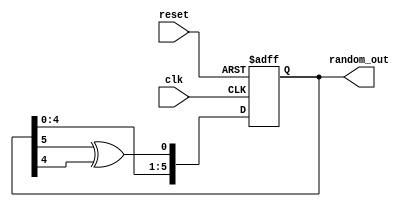
module prng(
    input clk,
    input reset,
    output reg [5:0] random_out
);

// 6-bit LFSR register initialization with a non-zero value
reg [5:0] lfsr_reg = 6'b000001;

always @(posedge clk or posedge reset) begin
    if (reset) begin
        // Reset the LFSR to a non-zero initial state to avoid all zeros
        lfsr_reg <= 6'b000001;
    end else begin
        
        lfsr_reg <= {lfsr_reg[4:0], lfsr_reg[5] ^ lfsr_reg[4]};
    end
end

// Output the current state of LFSR
// Using a combinational block to continuously update output with the latest LFSR state.
always @* begin
    random_out = lfsr_reg;
end

endmodule